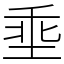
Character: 埀